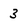
Character: 3